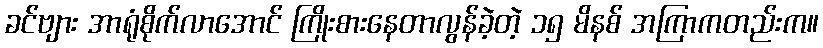
ခင်ဗျား အာရုံစိုက်လာအောင် ကြိုးစားနေတာလွန်ခဲ့တဲ့ ၁၅ မိနစ် အကြာကတည်းက။